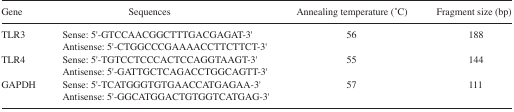
<table><thead><tr><td><b>Gene</b></td><td><b>Sequences</b></td><td><b>Annealing temperature (°C)</b></td><td><b>Fragment size (bp)</b></td></tr></thead><tbody><tr><td>TLR3</td><td>Sense: 5′-GTCCAACGGCTTTGACGAGAT-3′Antisense: 5′-CTGGCCCGAAAACCTTCTTCT-3′</td><td>56</td><td>188</td></tr><tr><td>TLR4</td><td>Sense: 5′-TGTCCTCCCACTCCAGGTAAGT-3′Antisense: 5′-GATTGCTCAGACCTGGCAGTT-3′</td><td>55</td><td>144</td></tr><tr><td>GAPDH</td><td>Sense: 5′-TCATGGGTGTGAACCATGAGAA-3′Antisense: 5′-GGCATGGACTGTGGTCATGAG-3′</td><td>57</td><td>111</td></tr></tbody></table>